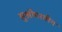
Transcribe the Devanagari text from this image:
सुश्रीपरवीन